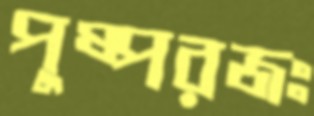
পুষ্পরজঃ